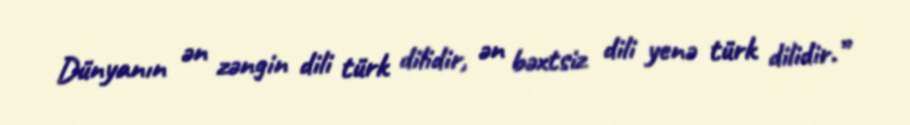
Dünyanın ən zəngin dili türk dilidir, ən bəxtsiz dili yenə türk dilidir.”